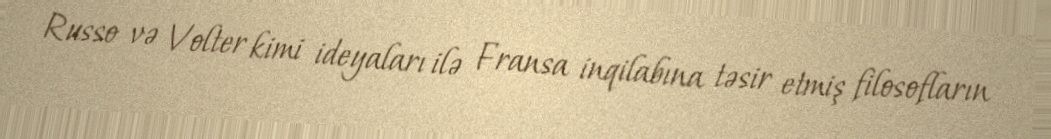
Russo və Volter kimi ideyaları ilə Fransa inqilabına təsir etmiş filosofların